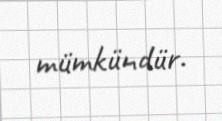
mümkündür.